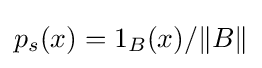
p_{s}(x)=1_{B}(x)/\Vert B\Vert